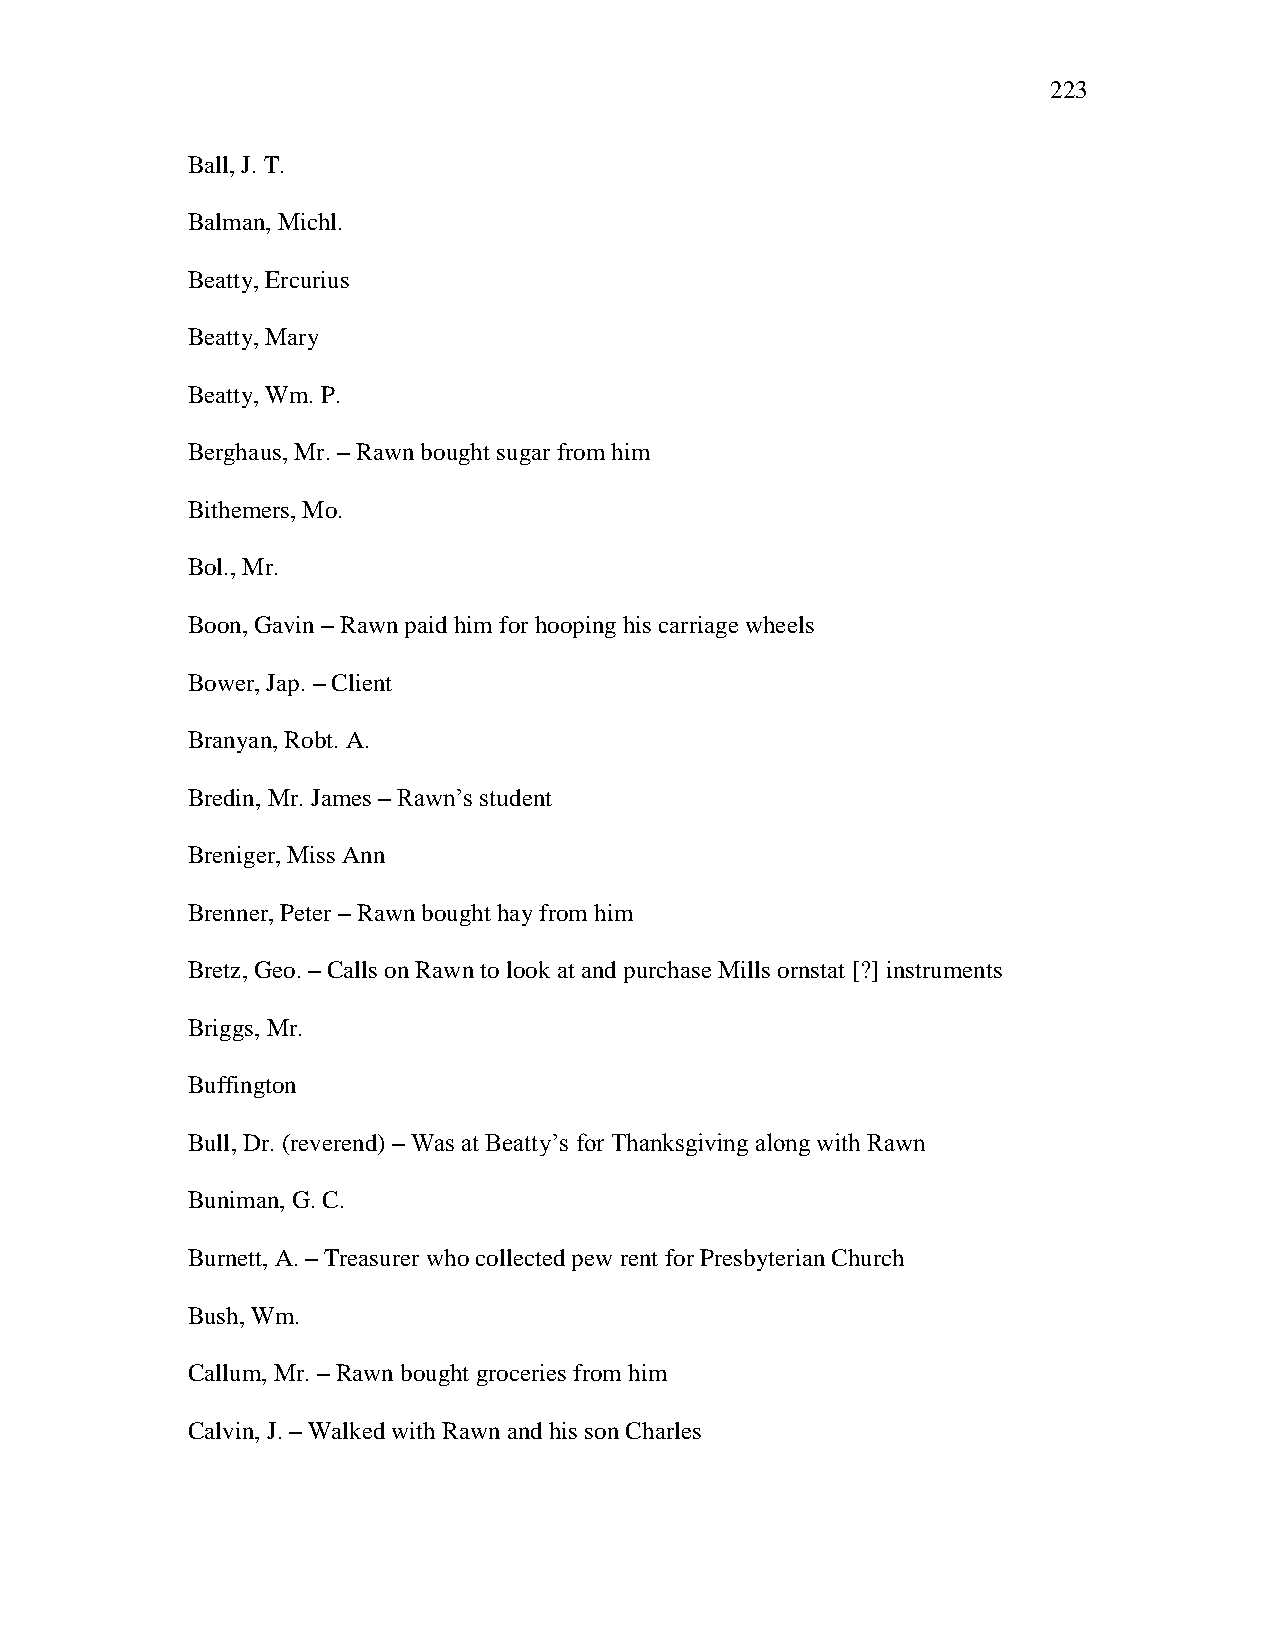
223
 Ball, J. T.
 Balman, Michl.
 Beatty, Ercurius
 Beatty, Mary
 Beatty, Wm. P.
 Berghaus, Mr. – Rawn bought sugar from him
 Bithemers, Mo.
 Bol., Mr.
 Boon, Gavin – Rawn paid him for hooping his carriage wheels
 Bower, Jap. – Client
 Branyan, Robt. A.
 Bredin, Mr. James – Rawn‘s student
 Breniger, Miss Ann
 Brenner, Peter – Rawn bought hay from him
 Bretz, Geo. – Calls on Rawn to look at and purchase Mills ornstat [?] instruments
 Briggs, Mr.
 Buffington
 Bull, Dr. (reverend) – Was at Beatty‘s for Thanksgiving along with Rawn
 Buniman, G. C.
 Burnett, A. – Treasurer who collected pew rent for Presbyterian Church
 Bush, Wm.
 Callum, Mr. – Rawn bought groceries from him
 Calvin, J. – Walked with Rawn and his son Charles